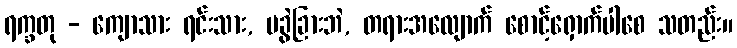
ရက္ခတု - ကျောသား ရင်းသား, မခွဲခြားဘဲ, တရားအလျောက် စောင့်ရှောက်ပါစေ သတည်း။